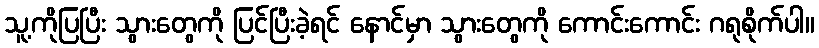
သူ့ကိုပြပြီး သွားတွေကို ပြင်ပြီးခဲ့ရင် နောင်မှာ သွားတွေကို ကောင်းကောင်း ဂရုစိုက်ပါ။